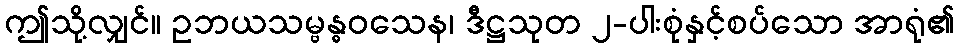
ဤသို့လျှင်။ ဥဘယသမ္ဗန္ဓဝသေန၊ ဒီဋ္ဌသုတ ၂-ပါးစုံနှင့်စပ်သော အာရုံ၏